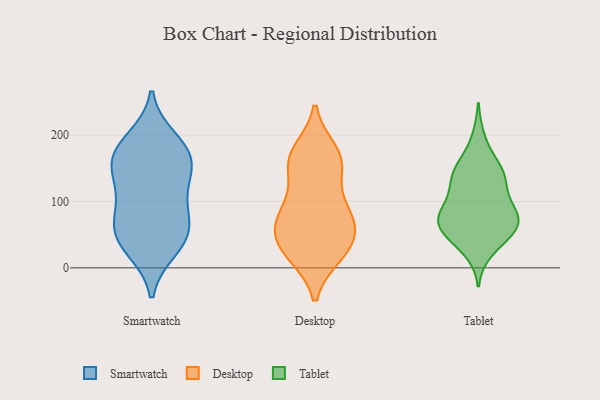
{"axis": {"x": "Temperature (°C)", "y": "Value"}, "legend": ["Desktop", "Smartwatch", "Tablet"], "data": [{"x": "", "y": 81, "type": "Smartwatch"}, {"x": "", "y": 33, "type": "Smartwatch"}, {"x": "", "y": 169, "type": "Smartwatch"}, {"x": "", "y": 153, "type": "Smartwatch"}, {"x": "", "y": 57, "type": "Smartwatch"}, {"x": "", "y": 149, "type": "Smartwatch"}, {"x": "", "y": 111, "type": "Smartwatch"}, {"x": "", "y": 193, "type": "Smartwatch"}, {"x": "", "y": 117, "type": "Smartwatch"}, {"x": "", "y": 59, "type": "Smartwatch"}, {"x": "", "y": 57, "type": "Smartwatch"}, {"x": "", "y": 182, "type": "Smartwatch"}, {"x": "", "y": 28, "type": "Smartwatch"}, {"x": "", "y": 165, "type": "Smartwatch"}, {"x": "", "y": 160, "type": "Desktop"}, {"x": "", "y": 154, "type": "Desktop"}, {"x": "", "y": 54, "type": "Desktop"}, {"x": "", "y": 20, "type": "Desktop"}, {"x": "", "y": 175, "type": "Desktop"}, {"x": "", "y": 74, "type": "Desktop"}, {"x": "", "y": 21, "type": "Desktop"}, {"x": "", "y": 36, "type": "Desktop"}, {"x": "", "y": 71, "type": "Desktop"}, {"x": "", "y": 50, "type": "Desktop"}, {"x": "", "y": 159, "type": "Desktop"}, {"x": "", "y": 169, "type": "Desktop"}, {"x": "", "y": 110, "type": "Desktop"}, {"x": "", "y": 82, "type": "Desktop"}, {"x": "", "y": 23, "type": "Desktop"}, {"x": "", "y": 84, "type": "Desktop"}, {"x": "", "y": 37, "type": "Tablet"}, {"x": "", "y": 158, "type": "Tablet"}, {"x": "", "y": 59, "type": "Tablet"}, {"x": "", "y": 50, "type": "Tablet"}, {"x": "", "y": 25, "type": "Tablet"}, {"x": "", "y": 130, "type": "Tablet"}, {"x": "", "y": 147, "type": "Tablet"}, {"x": "", "y": 195, "type": "Tablet"}, {"x": "", "y": 68, "type": "Tablet"}, {"x": "", "y": 76, "type": "Tablet"}, {"x": "", "y": 61, "type": "Tablet"}, {"x": "", "y": 74, "type": "Tablet"}, {"x": "", "y": 74, "type": "Tablet"}, {"x": "", "y": 89, "type": "Tablet"}, {"x": "", "y": 145, "type": "Tablet"}, {"x": "", "y": 141, "type": "Tablet"}, {"x": "", "y": 125, "type": "Tablet"}, {"x": "", "y": 107, "type": "Tablet"}, {"x": "", "y": 64, "type": "Tablet"}, {"x": "", "y": 94, "type": "Tablet"}]}